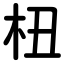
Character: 杻